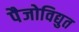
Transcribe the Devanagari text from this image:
पैजोविद्युत